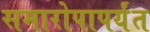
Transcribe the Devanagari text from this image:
समारोपापर्यंत